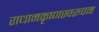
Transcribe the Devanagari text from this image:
राधामकृष्णस्वरूपम